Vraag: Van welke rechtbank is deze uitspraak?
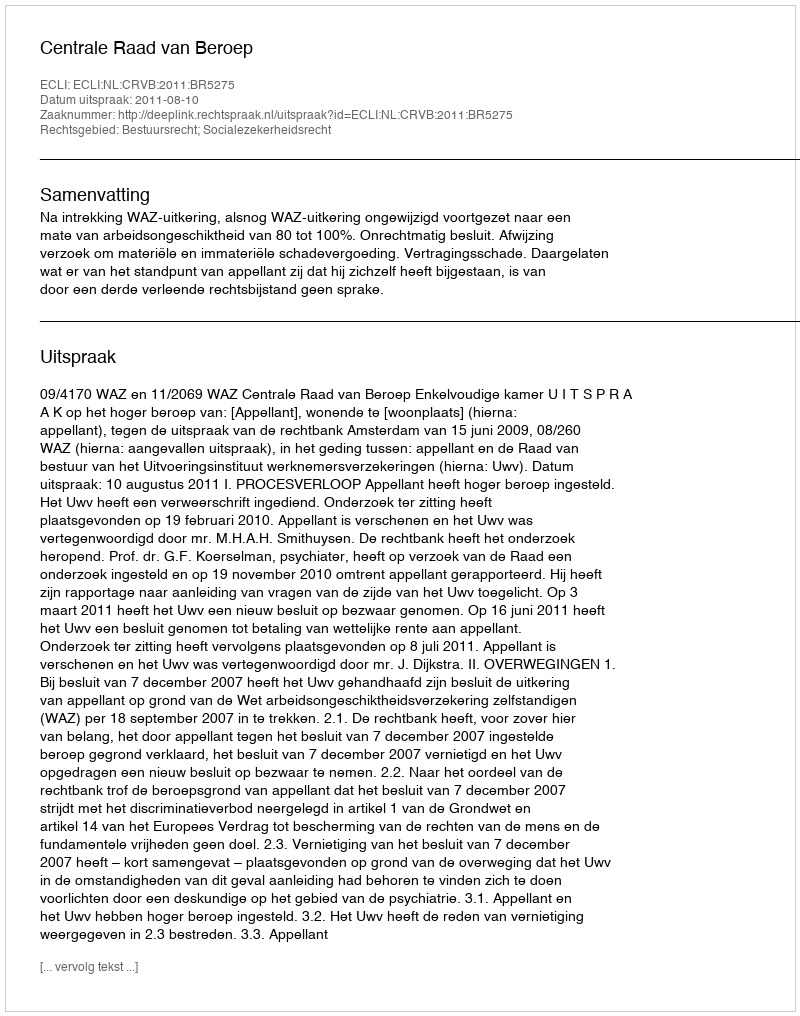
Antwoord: Centrale Raad van Beroep